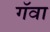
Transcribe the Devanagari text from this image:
गॅवा